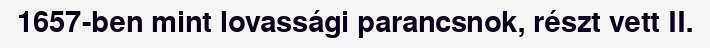
1657-ben mint lovassági parancsnok, részt vett II.